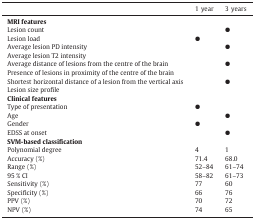
<table><thead><tr><td></td><td><b>1 year</b></td><td><b>3 years</b></td></tr></thead><tbody><tr><td><b>MRI features</b></td><td></td><td></td></tr><tr><td>Lesion count</td><td></td><td>●</td></tr><tr><td>Lesion load</td><td>●</td><td></td></tr><tr><td>Average lesion PD intensity</td><td></td><td>●</td></tr><tr><td>Average lesion T2 intensity</td><td></td><td></td></tr><tr><td>Average distance of lesions from the centre of the brain</td><td></td><td>●</td></tr><tr><td>Presence of lesions in proximity of the centre of the brain</td><td></td><td></td></tr><tr><td>Shortest horizontal distance of a lesion from the vertical axis</td><td></td><td>●</td></tr><tr><td>Lesion size profile</td><td></td><td></td></tr><tr><td><b>Clinical features</b></td><td></td><td></td></tr><tr><td>Type of presentation</td><td>●</td><td></td></tr><tr><td>Age</td><td></td><td>●</td></tr><tr><td>Gender</td><td>●</td><td></td></tr><tr><td>EDSS at onset</td><td></td><td>●</td></tr><tr><td><b>SVM-based classification</b></td><td></td><td></td></tr><tr><td>Polynomial degree</td><td>4</td><td>1</td></tr><tr><td>Accuracy (%)</td><td>71.4</td><td>68.0</td></tr><tr><td>Range (%)</td><td>52–84</td><td>61–74</td></tr><tr><td>95 % CI</td><td>58–82</td><td>61–73</td></tr><tr><td>Sensitivity (%)</td><td>77</td><td>60</td></tr><tr><td>Specificity (%)</td><td>66</td><td>76</td></tr><tr><td>PPV (%)</td><td>70</td><td>72</td></tr><tr><td>NPV (%)</td><td>74</td><td>65</td></tr></tbody></table>